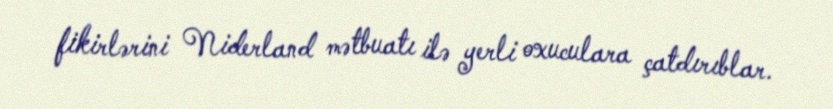
fikirlərini Niderland mətbuatı ilə yerli oxuculara çatdırıblar.